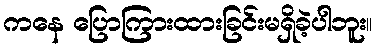
ကနေ ပြောကြားထားခြင်းမရှိခဲ့ပါဘူး။